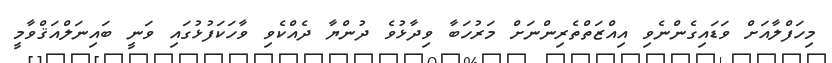
މިހަފްލާއަށް ވަޑައިގެންނެވި އިއްޒަތްތެރިންނަށް މަރުހަބާ ވިދާޅުވެ ދުންޔާ ދެއްކެވި ވާހަކަފުޅުގައި ވަނީ ބައިނަލްއަޤްވާމީ